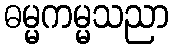
ဓမ္မကမ္မသညာ